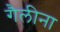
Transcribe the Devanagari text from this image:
गैलीना